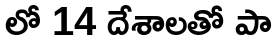
లో 14 దేశాలతో పా